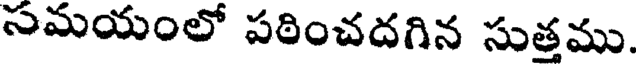
సమయంలో పఠించదగిన సుత్తము.